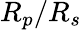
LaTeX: R_{p}/R_{s}